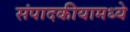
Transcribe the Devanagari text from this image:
संपादकीयामध्ये